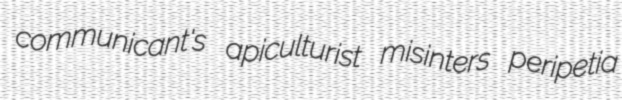
communicant's apiculturist misinters peripetia